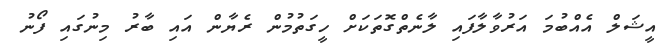
އީޝަލް އެއްބުމަ އަރުވާލާފައި ލާނެތްގޮތަކަށް ހީގަތުމުން ރެޔާން އައި ބާރު މިނުގައި ފޯނު